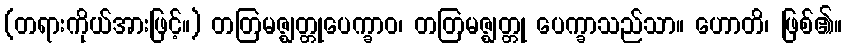
(တရားကိုယ်အားဖြင့်။) တတြမဇ္ဈတ္တုပေက္ခာဝ၊ တတြမဇ္ဈတ္တု ပေက္ခာသည်သာ။ ဟောတိ၊ ဖြစ်၏။